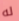
له